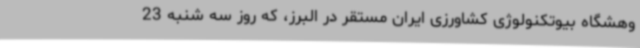
وهشگاه بیوتکنولوژی کشاورزی ایران مستقر در البرز، که روز سه شنبه 23